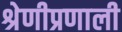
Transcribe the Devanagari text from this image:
श्रेणीप्रणाली